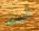
أعتقد